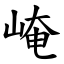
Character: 崦